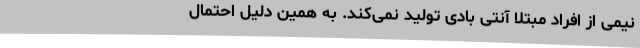
نیمی از افراد مبتلا آنتی بادی تولید نمی‌کند. به همین دلیل احتمال